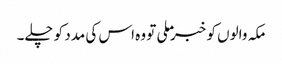
مکہ والوں کو خبر ملی تو وہ اس کی مدد کو چلے۔